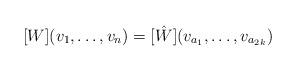
LaTeX: \begin{align*}[W](v_1,\dots,v_n) = [\hat{W}](v_{a_1},\dots,v_{a_{2k}})\end{align*}